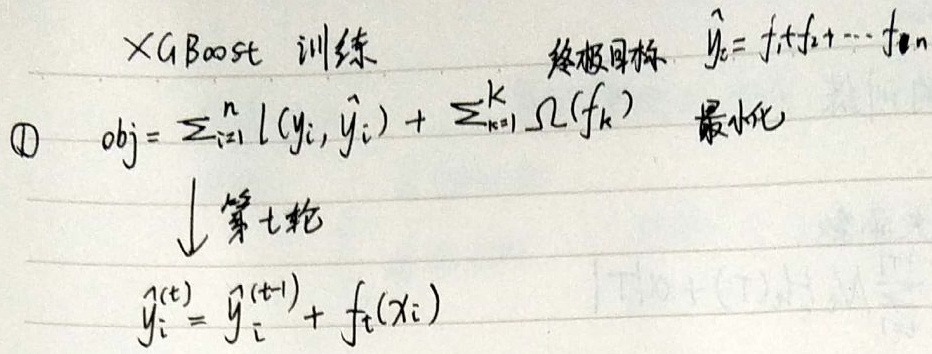
XGBoost 训练
终极目标 \(\hat{y}_i = f_1 + f_2 + \cdots + f_n\)
\textcircled{1} \(obj = \sum_{i = 1}^{n} l(y_i, \hat{y}_i) + \sum_{k = 1}^{K} \Omega(f_k)\) 最小化
↓ 第t轮
\(\hat{y}_i^{(t)} = \hat{y}_i^{(t - 1)} + f_t(x_i)\)